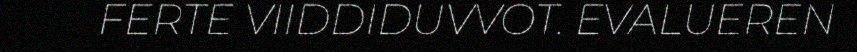
FERTE VIIDDIDUVVOT. EVALUEREN